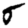
Digit: 5